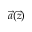
\vec { a } ( \vec { z } )